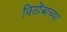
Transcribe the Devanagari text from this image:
विठोंबाच्या